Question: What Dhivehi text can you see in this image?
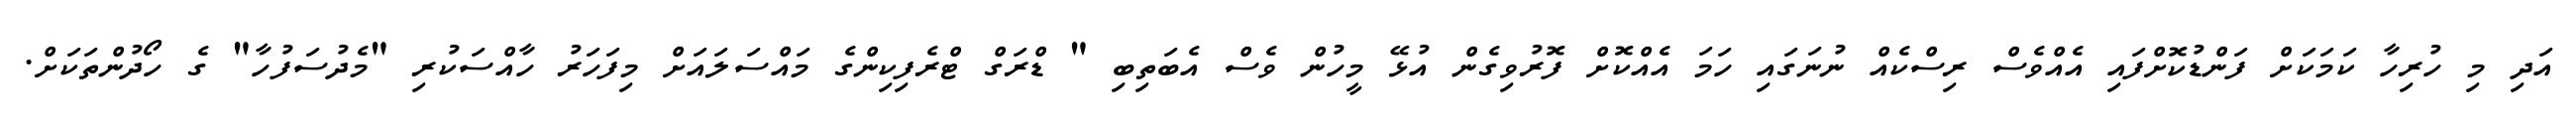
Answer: އަދި މި ހުރިހާ ކަމަކަށް ފަންޑުކޮށްފައި އެއްވެސް ރިސްކެއް ނުނަގައި ހަމަ އެއްކޮށް ފޮރުވިގެން އުޅޭ މީހުން ވެސް އެބަތިބި " ޑްރަގް ޓްރެފިކިންގެ މައްސަލައަށް މިފަހަރު ހާއްސަކުރި "މެދުސަފުހާ" ގެ ހޯދުންތަކަށް.